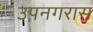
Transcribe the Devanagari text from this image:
उपनगरास